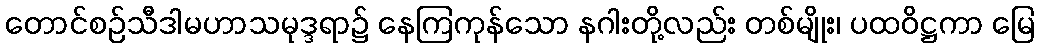
တောင်စဉ်သီဒါမဟာသမုဒ္ဒရာ၌ နေကြကုန်သော နဂါးတို့လည်း တစ်မျိုး၊ ပထဝိဋ္ဌကာ မြေ